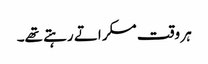
ہر وقت مسکراتے رہتے تھے۔